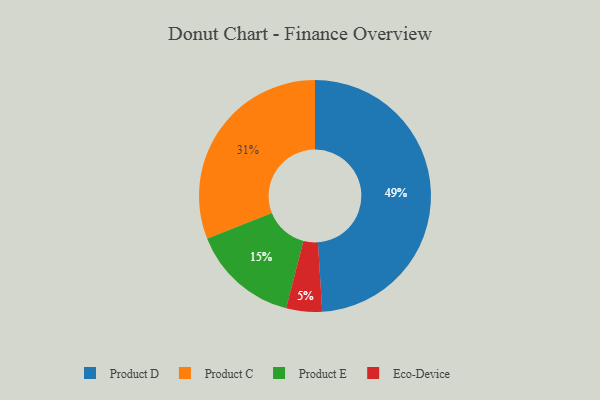
{"axis": {"x": "Category", "y": "Percentage"}, "legend": ["Eco-Device", "Product C", "Product D", "Product E"], "data": [{"x": "Eco-Device", "y": 5, "type": "Eco-Device"}, {"x": "Product E", "y": 15, "type": "Product E"}, {"x": "Product C", "y": 31, "type": "Product C"}, {"x": "Product D", "y": 49, "type": "Product D"}]}